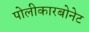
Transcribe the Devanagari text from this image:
पोलीकारबोनेट